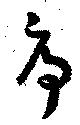
序